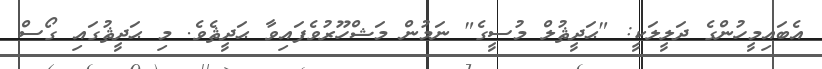
އެބައިމީހުންގެ ދަލީލަކީ: "ޙަދީޘުލް މުސީގެ" ނަމުން މަޝްހޫރުވެފައިވާ ޙަދީޘެވެ. މި ޙަދީޘުގައި ގޯސް